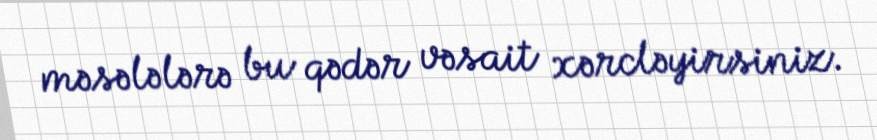
məsələlərə bu qədər vəsait xərcləyirsiniz.